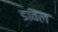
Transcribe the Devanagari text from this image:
डावल